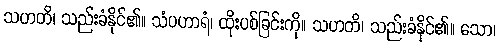
သဟတိ၊ သည်းခံနိုင်၏။ သံပဟာရံ၊ ထိုးပစ်ခြင်းကို။ သဟတိ၊ သည်းခံနိုင်၏။ သော၊